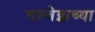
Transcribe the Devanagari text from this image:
गल्वेझच्या